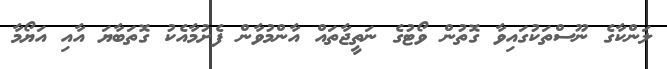
ލަންކާގެ ނޫސްތަކުގައިވާ ގޮތުން ވޯޓުގެ ނަތީޖާތައް އާންމުވާން ފެށުމާއެކު ގޮތަބާޔަ އާއި އަޔޯމާ